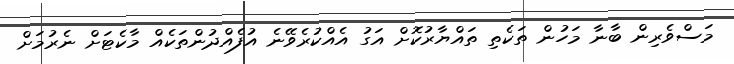
މަސްވެރިން ބާނާ މަހުން ތަކެތި ތައްޔާރުކޮށް އަގު އެއްކުރެވޭނެ އުފެއްދުންތަކެއް މާކެޓަށް ނެރުމަށް